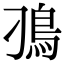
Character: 𩾗